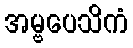
အမ္ဗပေသိကံ